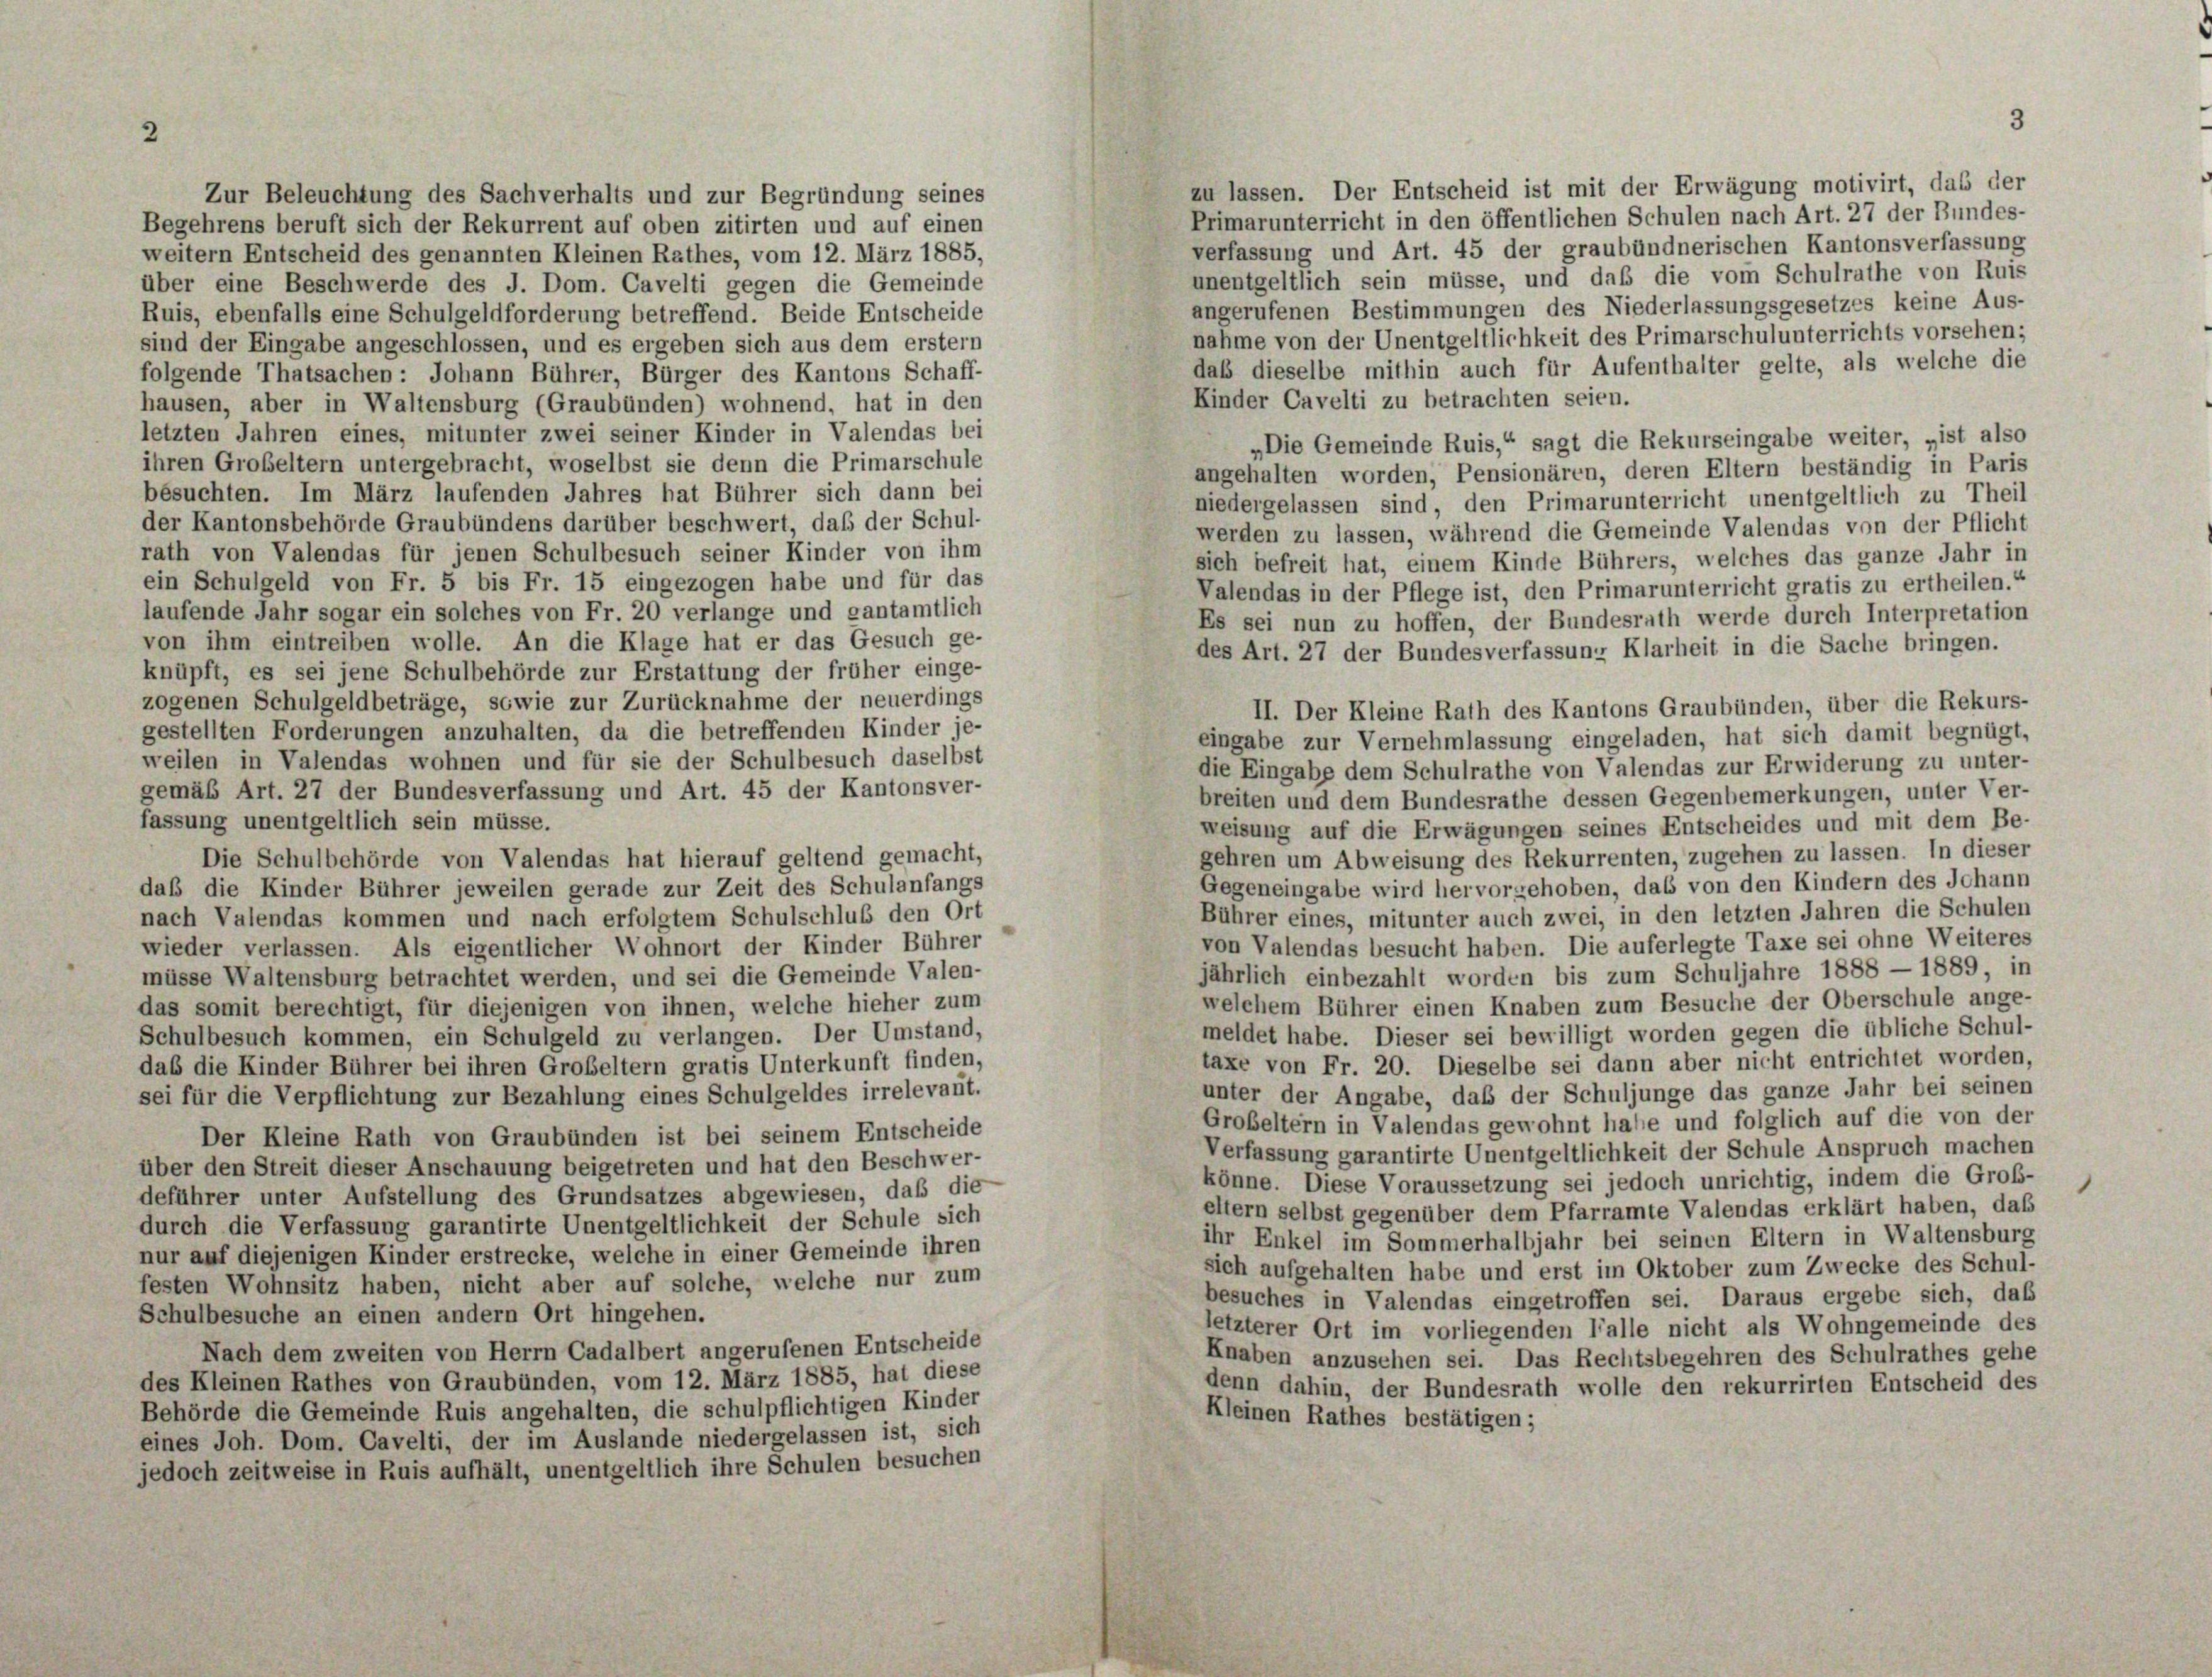
zu lassen. Der Entscheid ist mit der Erwägung motivirt, das der
Zur Beleuchtung des Sachverhalts und zur Begründung seines
Primarunterricht in den öffentlichen Schulen nach Art. 27 der Bundes-
Begehrens beruft sich der Rekurrent auf oben zitirten und auf einen
verfassung und Art. 45 der graubündnerischen Kantonsverfassung
weitern Entscheid des genannten Kleinen Rathes, vom 12. März 1885,
unentgeltlich sein müsse, und daß die vom Schulrathe von Ruis
über eine Beschwerde des J. Dom. Cavelti gegen die Gemeinde
angerufenen Bestimmungen des Niederlassungsgesetzes keine Aus-
Ruis, ebenfalls eine Schulgeldforderung betreffend. Beide Entscheide
nahme von der Unentgeltlichkeit des Primarschulunterrichts vorsehen;
sind der Eingabe angeschlossen, und es ergeben sich aus dem erstem
daß dieselbe mithin auch für Aufenthalter gelte, als welche die
folgende Thatsachen: Johann Bührer, Bürger des Kantons Schaff-
Kinder Cavelti zu betrachten seien.
hausen, aber in Waltensburg (Graubünden) wohnend, hat in den
letzten Jahren eines, mitunter zwei seiner Kinder in Valendas bei
„Die Gemeinde Ruis,“ sagt die Rekurseingabe weiter, „ist also
ihren Großeltern untergebracht, woselbst sie denn die Primarschule
angehalten worden, Pensionären, deren Eltern beständig in Paris
besuchten. Im März laufenden Jahres hat Bührer sich dann bei
niedergelassen sind, den Primarunterricht unentgeltlich zu Theil
der Kantonsbehörde Graubündens darüber beschwert, daß der Schul-
werden zu lassen, während die Gemeinde Valendas von der Pflicht
rath von Valendas für jenen Schulbesuch seiner Kinder von ihm
sich befreit hat, einem Kinde Bührers, welches das ganze Jahr in
ein Schulgeld von Fr. 5 bis Fr. 15 eingezogen habe und für das
Valendas in der Pflege ist, den Primarunterricht gratis zu ertheilen.“
laufende Jahr sogar ein solches von Fr. 20 verlange und gantamtlich
Es sei nun zu hoffen, der Bundesrath werde durch Interpretation
von ihm eintreiben wolle. An die Klage hat er das Gesuch ge-
des Art. 27 der Bundesverfassung Klarheit in die Sache bringen.
knüpft, es sei jene Schulbehörde zur Erstattung der früher einge-
zogenen Schulgeldbeträge, sowie zur Zurücknahme der neuerdings
II. Der Kleine Rath des Kantons Graubünden, über die Rekurs-
gestellten Forderungen anzuhalten, da die betreffenden Kinder je-
eingabe zur Vernehmlassung eingeladen, hat sich damit begnügt
weilen in Valendas wohnen und für sie der Schulbesuch daselbst
die Eingabe dem Schulrathe von Valendas zur Erwiderung zu unter-
gemäß Art. 27 der Bundesverfassung und Art. 45 der Kantonsver-
breiten und dem Bundesrathe dessen Gegenbemerkungen, unter Ver-
fassung unentgeltlich sein müsse.
weisung auf die Erwägungen seines Entscheides und mit dem Be
gehren um Abweisung des Rekurrenten, zugehen zu lassen. In dieser
Die Schulbehörde von Valendas hat hierauf geltend gemacht,
Gegeneingabe wird hervorgehoben, das von den Kindern des Johann
daß die Kinder Bührer jeweilen gerade zur Zeit des Schulanfangs
Bührer eines, mitunter auch zwei, in den letzten Jahren die Schulei
nach Valendas kommen und nach erfolgtem Schulschluß den Ort
von Valendas besucht haben. Die auferlegte Taxe sei ohne Weiteres
wieder verlassen. Als eigentlicher Wohnort der Kinder Bührer
jährlich einbezahlt worden bis zum Schuljahre 1888 - 1889, in
müsse Waltensburg betrachtet werden, und sei die Gemeinde Valen-
welchem Bührer einen Knaben zum Besuche der Oberschule ange-
das somit berechtigt, für diejenigen von ihnen, welche hieher zum
meldet habe. Dieser sei bewilligt worden gegen die übliche Schul-
Schulbesuch kommen, ein Schulgeld zu verlangen. Der Umstand,
taxe von Fr. 20. Dieselbe sei dann aber nicht entrichtet worden,
das die Kinder Bührer bei ihren Großeltern gratis Unterkunft finden,
unter der Angabe, daß der Schuljunge das ganze Jahr bei seinen
sei für die Verpflichtung zur Bezahlung eines Schulgeldes irrelevant.
Grobeltern in Valendas gewohnt habe und folglich auf die von des
Der Kleine Rath von Graubünden ist bei seinem Entscheide
Verfassung garantirte Unentgeltlichkeit der Schule Anspruch machen
über den Streit dieser Anschauung beigetreten und hat den Beschwer-
könne. Diese Voraussetzung sei jedoch unrichtig, indem die Groß
deführer unter Aufstellung des Grundsatzes abgewiesen, daß die
eltern selbst gegenüber dem Pfarramte Valendas erklärt haben, daß
durch die Verfassung garantirte Unentgeltlichkeit der Schule sich
ihr Enkel im Sommerhalbjahr bei seinen Eltern in Waltensburg
nur auf diejenigen Kinder erstrecke, welche in einer Gemeinde ihren
sich aufgehalten habe und erst im Oktober zum Zwecke des Schul
festen Wohnsitz haben, nicht aber auf solche, welche nur zum
besuches in Valendas eingetroffen sei. Daraus ergebe sich, da
Schulbesuche an einen andern Ort hingehen.
letzterer Ort im vorliegenden Falle nicht als Wohngemeinde d.
Nach dem zweiten von Herrn Cadalbert angerufenen Entscheide
Knaben anzusehen sei. Das Rechtsbegehren des Schulrathes geh
des Kleinen Rathes von Graubünden, vom 12. März 1885, hat diese
denn dahin, der Bundesrath wolle den rekurrirten Entscheid des
Behörde die Gemeinde Ruis angehalten, die schulpflichtigen Kinder
Kleinen Rathes bestätigen;
eines Joh. Dom. Cavelti, der im Auslande niedergelassen ist, sich
jedoch zeitweise in Ruis aufhält, unentgeltlich ihre Schulen besuchen

3